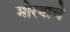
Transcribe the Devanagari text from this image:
मोरयाचे